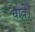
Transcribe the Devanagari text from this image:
धावे।